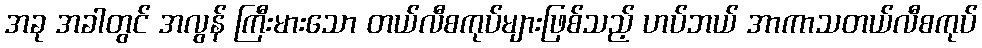
အခု အခါတွင် အလွန် ကြီးမားသော တယ်လီစကုပ်များဖြစ်သည့် ဟပ်ဘယ် အာကာသတယ်လီစကုပ်